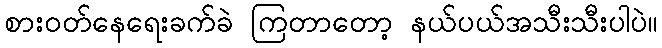
စားဝတ်နေရေးခက်ခဲ ကြတာတော့ နယ်ပယ်အသီးသီးပါပဲ။